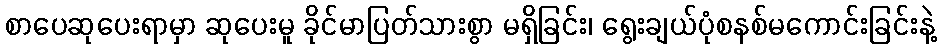
စာပေဆုပေးရာမှာ ဆုပေးမူ ခိုင်မာပြတ်သားစွာ မရှိခြင်း၊ ရွေးချယ်ပုံစနစ်မကောင်းခြင်းနဲ့